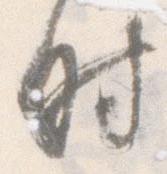
時